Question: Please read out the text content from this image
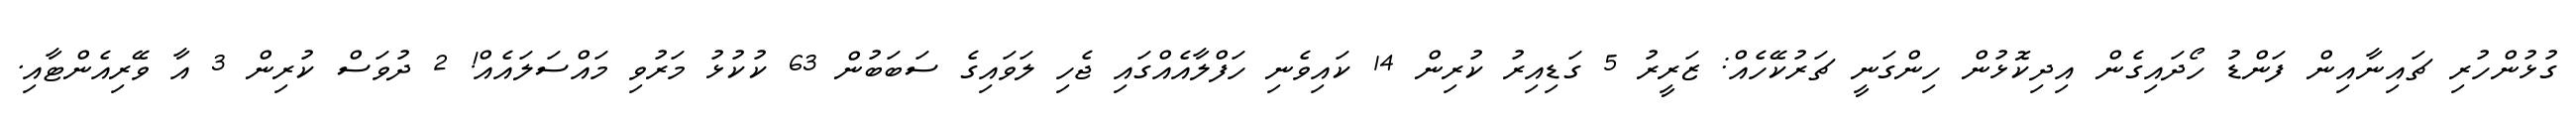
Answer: ގުޅުންހުރި ޗައިނާއިން ފަންޑު ހޯދައިގެން އިދިކޮޅުން ހިންގަނީ ޗަރުކޭހެއް: ޒަރީރު 5 ގަޑިއިރު ކުރިން 14 ކައިވެނި ހަފްލާއެއްގައި ޖެހި ލަވައިގެ ސަބަބުން 63 ކުކުޅު މަރުވި މައްސަލައެއް! 2 ދުވަސް ކުރިން 3 އާ ވޭރިއެންޓާއި.